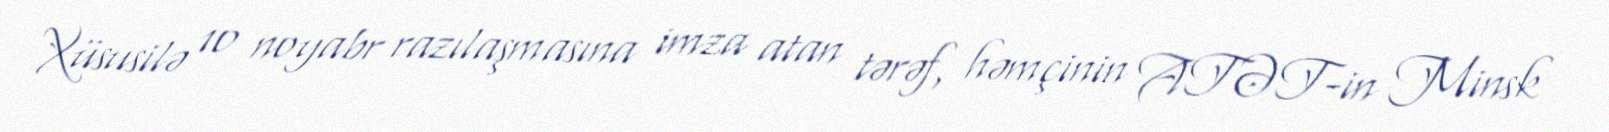
Xüsusilə 10 noyabr razılaşmasına imza atan tərəf, həmçinin ATƏT-in Minsk